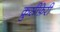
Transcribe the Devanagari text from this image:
क्रुसीफ़ेरी